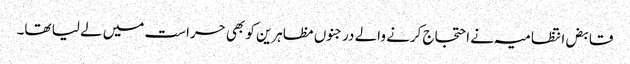
قابض انتظامیہ نے احتجاج کرنے والے درجنوں مظاہرین کو بھی حراست میں لے لیا تھا۔